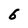
Character: 6